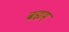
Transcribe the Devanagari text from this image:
ब्रह्मम्